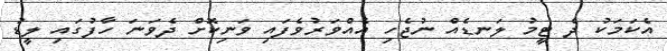
އެކަމަކު ދެ ޓީމު ލަނޑެއް ނުޖެހި އެއްވަރުވެފައި ވަނިކޮށް ދެވަނަ ހާފުގައި ލީޑު